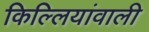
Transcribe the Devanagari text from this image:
किल्लियांवाली